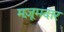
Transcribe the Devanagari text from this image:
मज़ूमदार